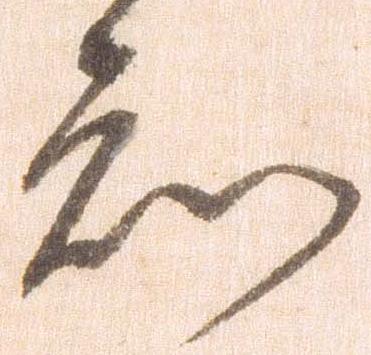
知